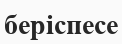
беріспесе